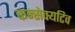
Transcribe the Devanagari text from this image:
कन्सेक्यटिव